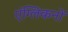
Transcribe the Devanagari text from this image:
एंग्लिकनों